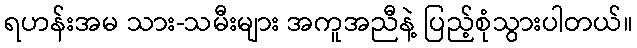
ရဟန်းအမ သား-သမီးများ အကူအညီနဲ့ ပြည့်စုံသွားပါတယ်။